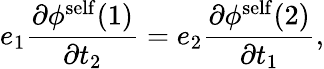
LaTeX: e_{1}\frac{{\partial}{\phi}^{\mathrm{self}}(1)}{{\partial}t_{2}}=e_{2}\frac{{\partial}{\phi}^{\mathrm{self}}(2)}{{\partial}t_{1}},